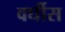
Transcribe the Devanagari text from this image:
वर्घीस